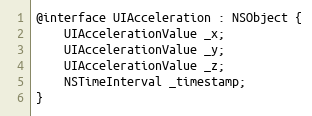
Language: C
@interface UIAcceleration : NSObject {
    UIAccelerationValue _x;
    UIAccelerationValue _y;
    UIAccelerationValue _z;
    NSTimeInterval _timestamp;
}